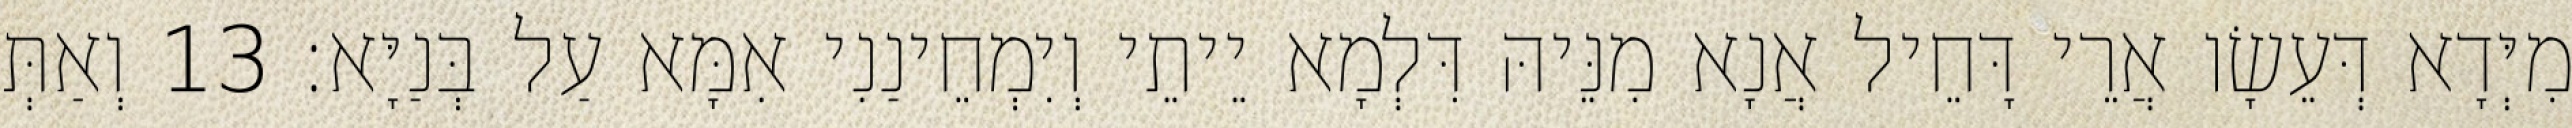
מִיְּדָא דְּעֵשָׂו אֲרֵי דָּחֵיל אֲנָא מִנֵּיהּ דִּלְמָא יֵיתֵי וְיִמְחֵינַנִי אִמָּא עַל בְּנַיָּא׃ 13 וְאַתְּ